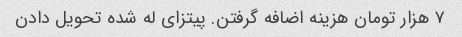
۷ هزار تومان هزینه اضافه گرفتن. پیتزای له شده تحویل دادن